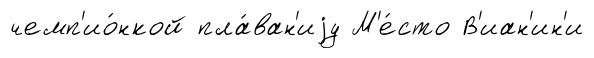
чемп'ио́нкой пла́ван'иjу М'е́сто В'иан'ин'и